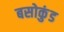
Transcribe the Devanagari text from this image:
बसोकुंड